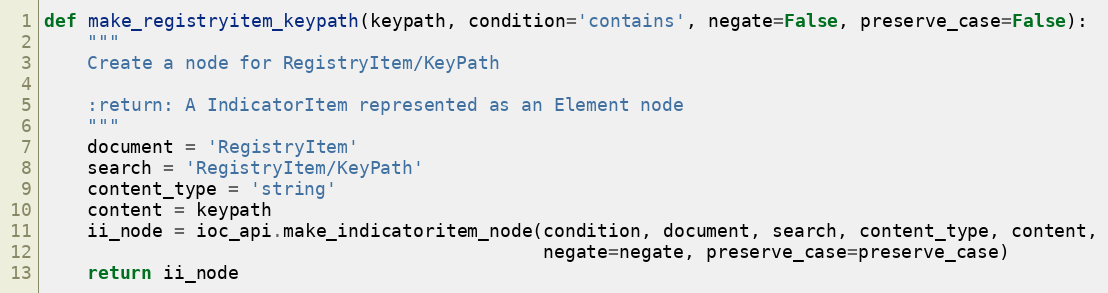
Language: Python
def make_registryitem_keypath(keypath, condition='contains', negate=False, preserve_case=False):
    """
    Create a node for RegistryItem/KeyPath

    :return: A IndicatorItem represented as an Element node
    """
    document = 'RegistryItem'
    search = 'RegistryItem/KeyPath'
    content_type = 'string'
    content = keypath
    ii_node = ioc_api.make_indicatoritem_node(condition, document, search, content_type, content,
                                              negate=negate, preserve_case=preserve_case)
    return ii_node